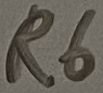
Text: R6